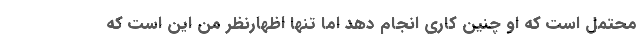
محتمل است که او چنین کاری انجام دهد اما تنها اظهارنظر من این است که